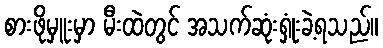
စားဖိုမှူးမှာ မီးထဲတွင် အသက်ဆုံးရှုံးခဲ့ရသည်။